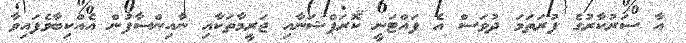
އާ ސަރުކާރުގެ ފުރަތަމަ ދުވަސް އެ ފައްޓަނީ ކޮރަޕްޝަނާއި ޖަރީމާތަކާއި ނާއިންސާފުން އެއްކިބާވެފައިވާ